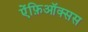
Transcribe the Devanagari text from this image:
ऐंफ़िऑक्सस